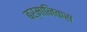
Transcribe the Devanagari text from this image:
बर्मानिकस